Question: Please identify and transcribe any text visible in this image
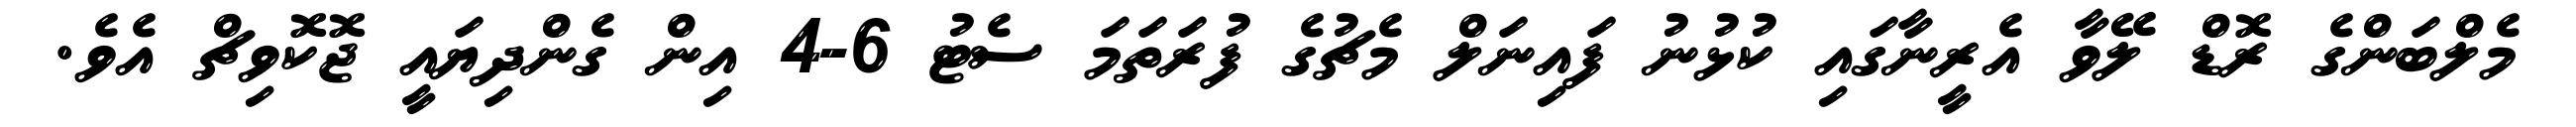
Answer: މެލްބަންގެ ރޮޑް ލޭވާ އެރީނާގައި ކުޅުނު ފައިނަލް މެޗުގެ ފުރަތަމަ ސެޓު 6-4 އިން ގެންދިޔައީ ޖޮކޮވިޗް އެވެ.